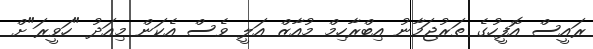
ރައީސް އޮފީހުގެ ތަރުޖަމާނު އިބްރާހިމް މުއާޒް އަލީ ވެސް އެކަން މިއަދު "ހަވީރަ"ށް